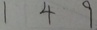
1 4 9